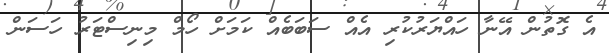
އެ ގޮތުން އޭނާ ހައްޔަރުކުރި އެއް ސަބަބެއް ކަމަށް ހޯމް މިނިސްޓަރު ހަސަން